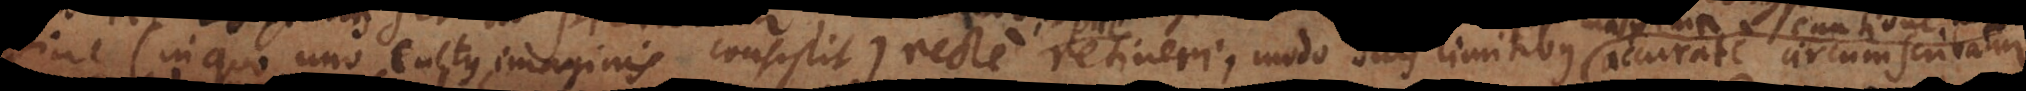
(in quo uno cultus imaginis consistit) recte retineri, modo suis limitibus maxima caut